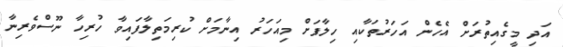
އަދި މީގެއިތުރަށް އެހެން އަހަރުތަކާއި ހިލާފަށް މިއަހަރު އިނާމަށް ކުރިމަތިލާފައިވާ ހުރިހާ ނޫސްވެރިނާ